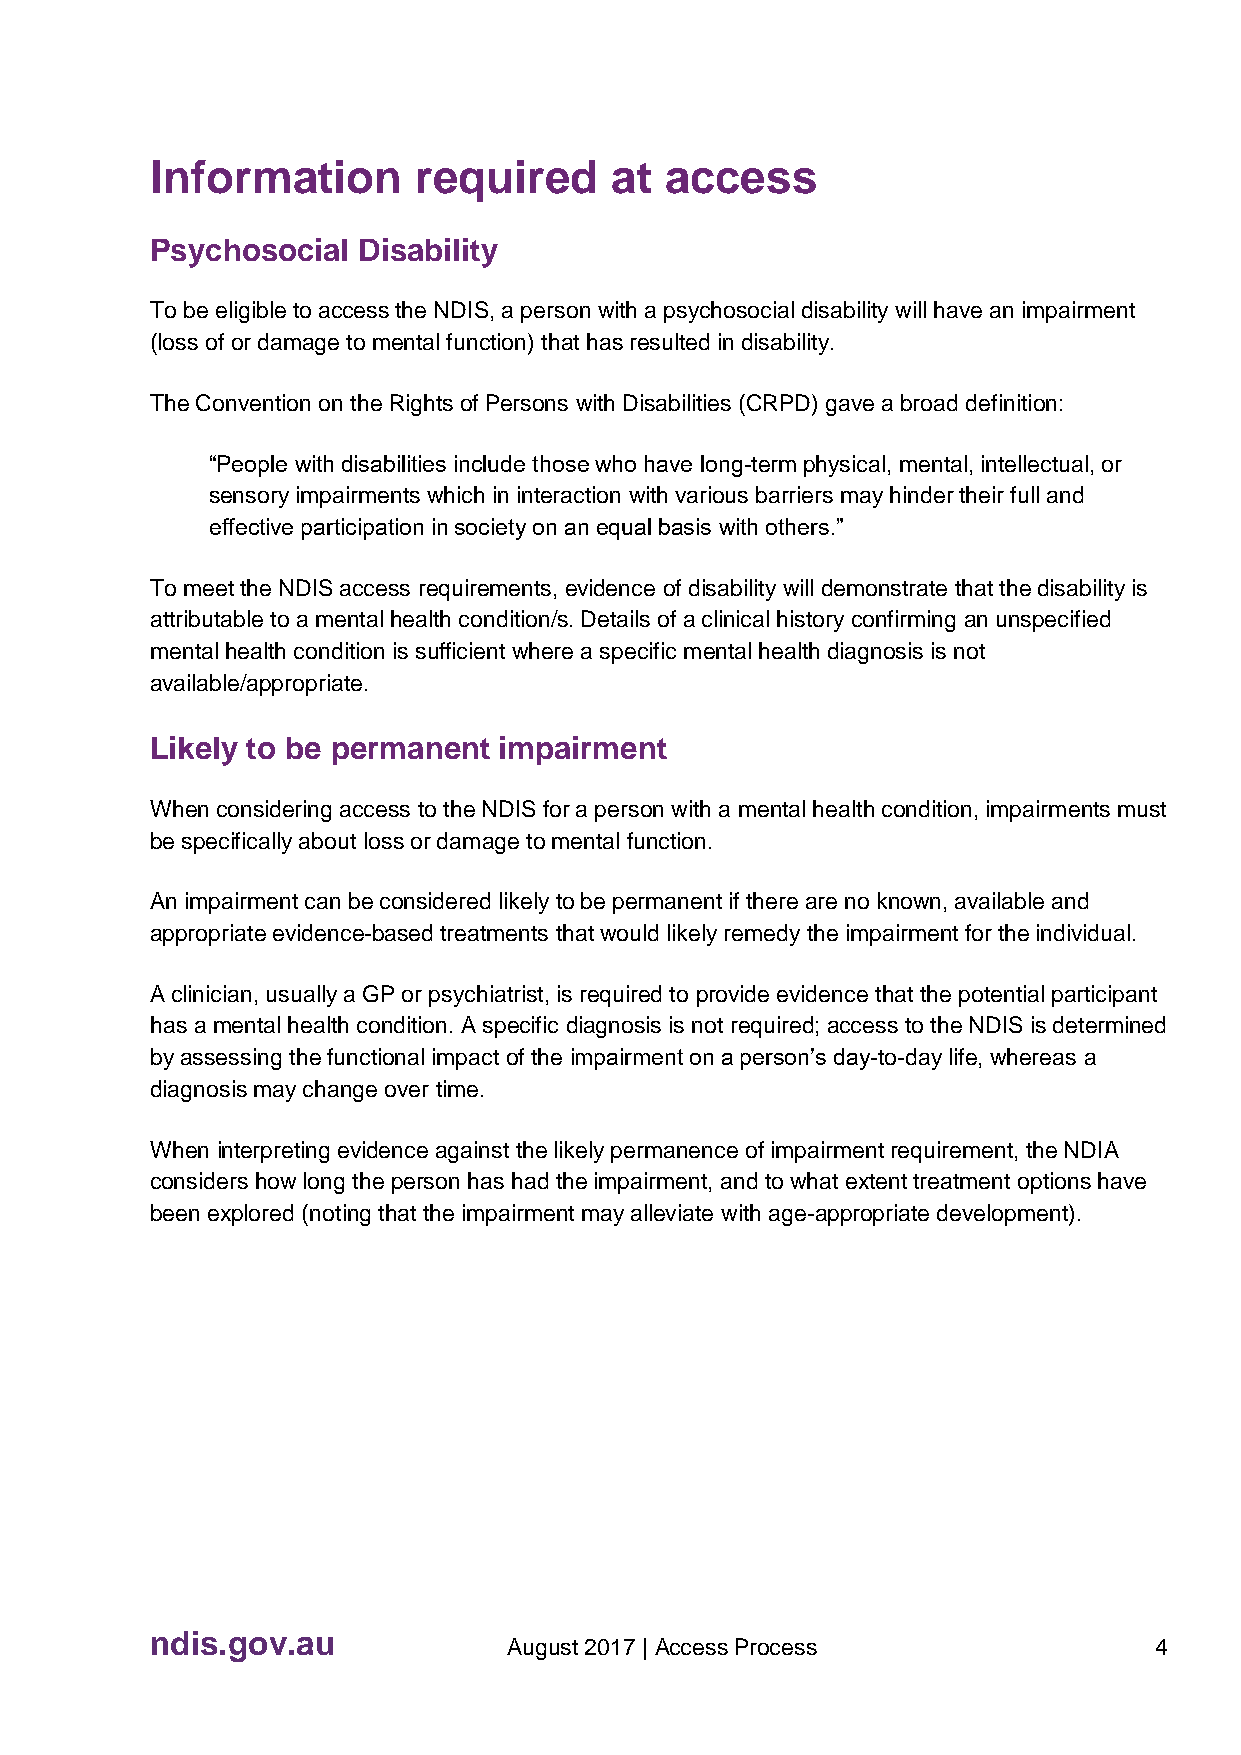
Information      required     at  access
 Psychosocial  Disability
 To be eligible to access the NDIS, a person with a psychosocial disability will have an impairment
 (loss of or damage to mental function) that has resulted in disability.
 The Convention on the Rights of Persons with Disabilities (CRPD) gave a broad definition:
 “People with disabilities include those who have long-term physical, mental, intellectual, or
 sensory impairments which in interaction with various barriers may hinder their full and
 effective participation in society on an equal basis with others.”
 To meet the NDIS access requirements, evidence of disability will demonstrate that the disability is
 attributable to a mental health condition/s. Details of a clinical history confirming an unspecified
 mental health condition is sufficient where a specific mental health diagnosis is not
 available/appropriate.
 Likely to be permanent impairment
 When considering access to the NDIS for a person with a mental health condition, impairments must
 be specifically about loss or damage to mental function.
 An impairment can be considered likely to be permanent if there are no known, available and
 appropriate evidence-based treatments that would likely remedy the impairment for the individual.
 A clinician, usually a GP or psychiatrist, is required to provide evidence that the potential participant
 has a mental health condition. A specific diagnosis is not required; access to the NDIS is determined
 by assessing the functional impact of the impairment on a person’s day-to-day life, whereas a
 diagnosis may change over time.
 When interpreting evidence against the likely permanence of impairment requirement, the NDIA
 considers how long the person has had the impairment, and to what extent treatment options have
 been explored (noting that the impairment may alleviate with age-appropriate development).
 ndis.gov.au
 August 2017 | Access Process              4